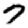
Digit: 7